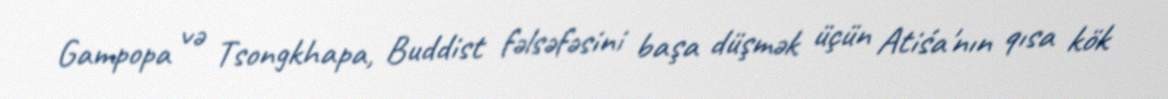
Gampopa və Tsongkhapa, Buddist fəlsəfəsini başa düşmək üçün Atiśa'nın qısa kök